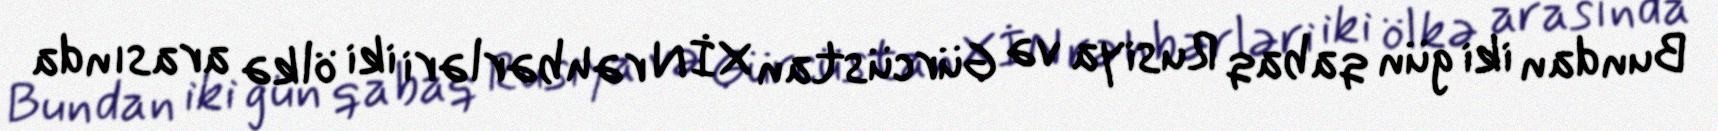
Bundan iki gün qabaq Rusiya və Gürcüstan XİN rəhbərləri iki ölkə arasında